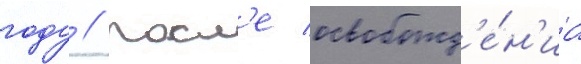
году // Посл'е освобожд'е́н'иа